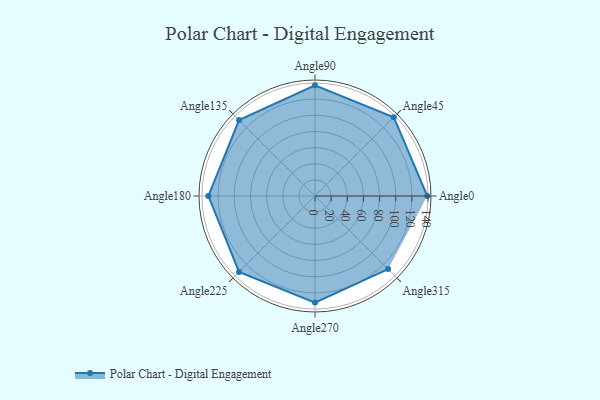
{"axis": {"x": "Angle", "y": "Radius"}, "legend": [""], "data": [{"x": "Angle0", "y": 139.0, "type": ""}, {"x": "Angle45", "y": 138.0, "type": ""}, {"x": "Angle90", "y": 137.0, "type": ""}, {"x": "Angle135", "y": 133.0, "type": ""}, {"x": "Angle180", "y": 132.0, "type": ""}, {"x": "Angle225", "y": 133.0, "type": ""}, {"x": "Angle270", "y": 132.0, "type": ""}, {"x": "Angle315", "y": 128.0, "type": ""}]}